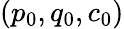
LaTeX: (p_{0},q_{0},c_{0})